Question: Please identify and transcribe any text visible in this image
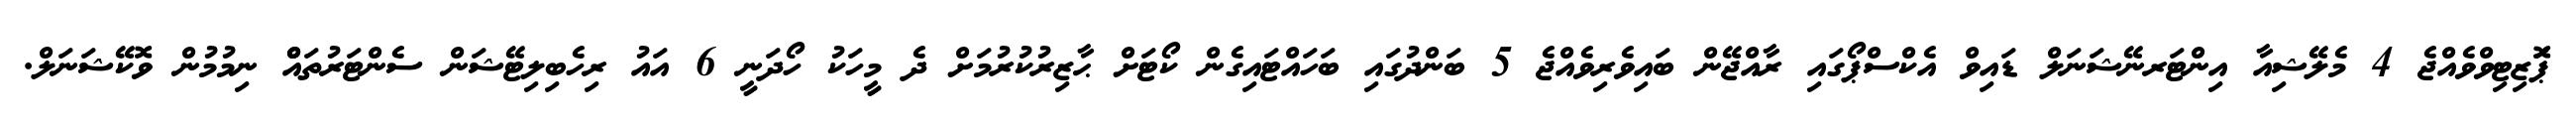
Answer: ޕަޮޒިޓިވްވެއްޖެ 4 މެލޭޝިއާ އިންޓަރނޭޝަނަލް ޑައިވް އެކްސްޕޯގައި ރާއްޖޭން ބައިވެރިވެއްޖެ 5 ބަންދުގައި ބަހައްޓައިގެން ކޯޓަށް ޙާޒިރުކުރުމަށް ދެ މީހަކު ހޯދަނީ 6 އައު ރިހެބިލިޓޭޝަން ސެންޓަރުތައްް ނިމުމުން ވޮކޭޝަނަލް.